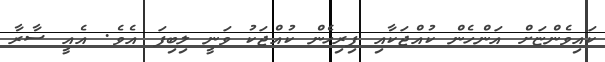
ކައިވެންޏަށް އަންހެން ކުއްޖަކާއި ފިރިހެން ކުއްޖަކު ވަނީ ލިބިފަ އެވެ. އެއީ ސާރާ